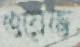
ওয়েভ